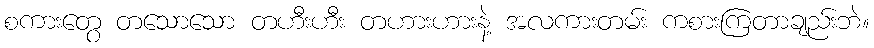
စကားတွေ တသောသော တဟီးဟီး တဟားဟားနဲ့ အလကားတမ်း ကစားကြတာချည်းဘဲ။